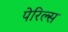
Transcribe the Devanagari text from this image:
पेरिल्स